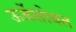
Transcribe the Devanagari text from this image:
ऊर्जेसोबत